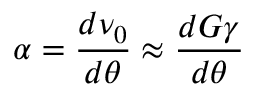
\alpha = \frac { d \nu _ { 0 } } { d \theta } \approx \frac { d G \gamma } { d \theta }